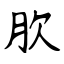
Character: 肷